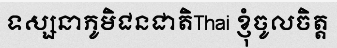
ទស្សនាភូមិជនជាតិThai ខ្ញុំចូលចិត្ត